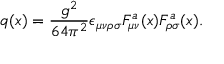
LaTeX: q ( x ) = { \frac { g ^ { 2 } } { 6 4 \pi ^ { 2 } } } \epsilon _ { \mu \nu \rho \sigma } F _ { \mu \nu } ^ { a } ( x ) F _ { \rho \sigma } ^ { a } ( x ) .